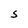
Character: S